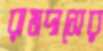
রামদাসের